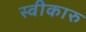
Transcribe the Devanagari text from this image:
स्वीकारु